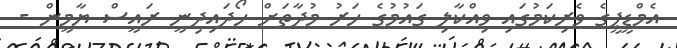
އެމްޑީޕީގެ ވެރިކަމުގައި ވިއްކާލި ގައުމުގެ ހަރު މުދާތަށް ހޯދައިދިނީ ރައީސް ޔާމީން -